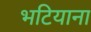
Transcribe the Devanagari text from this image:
भटियाना